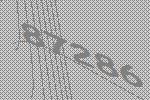
87286